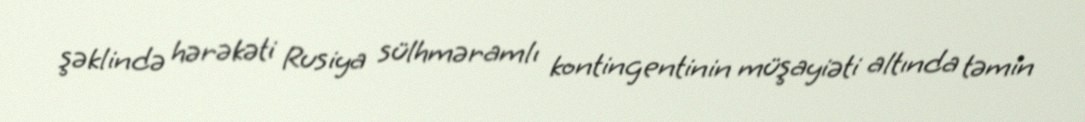
şəklində hərəkəti Rusiya sülhməramlı kontingentinin müşayiəti altında təmin